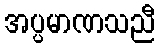
အပ္ပမာဏသညီ